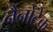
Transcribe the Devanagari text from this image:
नैनोटेक